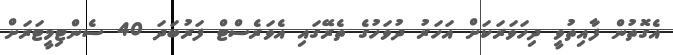
އެގޮތުން ފާއިތުވީ ދިހަވަރަކަށް އަހަރު ދުވަހުގެ ތެރޭގައި އެވަރެސްޓް ފަރުބަދަ 40 ސެންޓިމީޓަރަށް